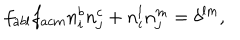
f _ { a b l } f _ { a c m } n _ { i } ^ { b } n _ { j } ^ { c } + n _ { i } ^ { l } n _ { j } ^ { m } = \delta ^ { l m } ,